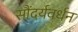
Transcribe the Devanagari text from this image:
सौंदर्यवर्धन